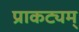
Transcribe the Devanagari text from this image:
प्राकट्यम्